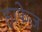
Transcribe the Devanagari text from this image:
हाफेज़